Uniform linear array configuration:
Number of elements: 32
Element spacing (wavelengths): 0.75
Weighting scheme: blackman
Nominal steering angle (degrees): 15
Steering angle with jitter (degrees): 13.429
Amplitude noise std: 0.05
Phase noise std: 0.05

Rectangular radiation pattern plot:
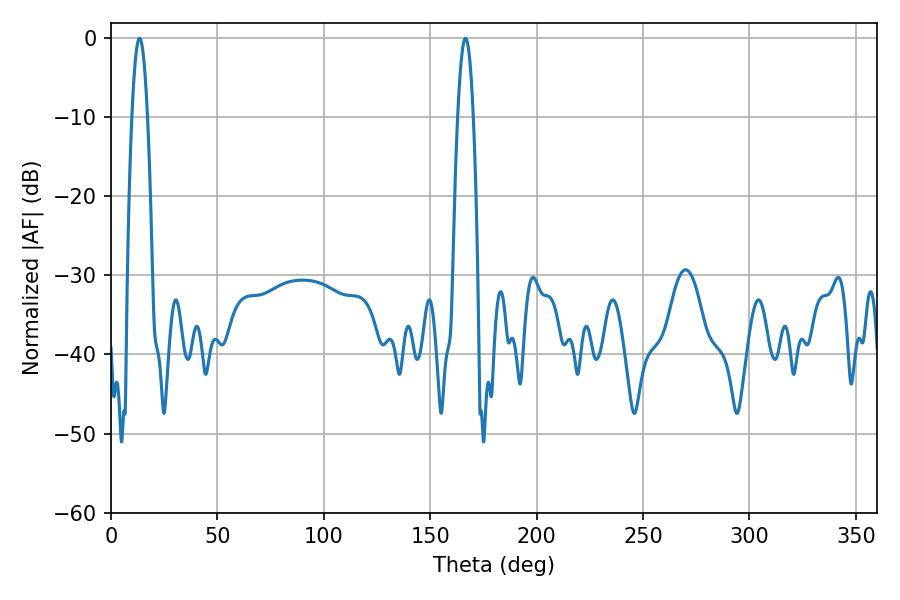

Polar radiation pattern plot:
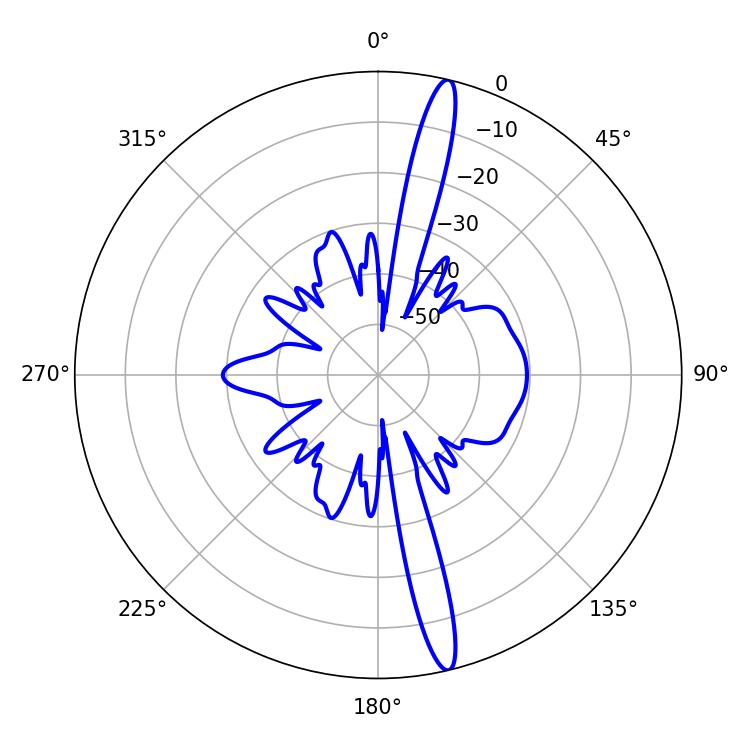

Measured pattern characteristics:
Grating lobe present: TRUE
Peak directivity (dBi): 17.483
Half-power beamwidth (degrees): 3.96
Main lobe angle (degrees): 13.5